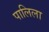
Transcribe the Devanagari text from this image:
पालिला